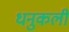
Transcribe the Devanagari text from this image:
धनुकली